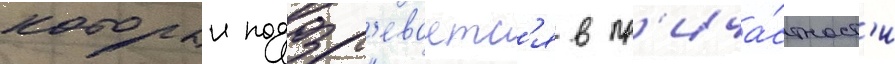
которыи подозр'еваетс'я в пр'ича́стност'и